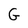
Character: G